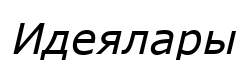
Идеялары